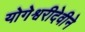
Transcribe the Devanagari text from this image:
योगेश्वरीदेवीने